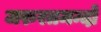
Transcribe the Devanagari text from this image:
जरुरतमन्दो